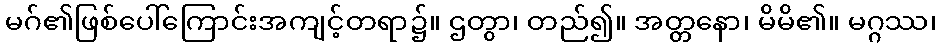
မဂ်၏ဖြစ်ပေါ်ကြောင်းအကျင့်တရာ၌။ ဌတွာ၊ တည်၍။ အတ္တနော၊ မိမိ၏။ မဂ္ဂဿ၊